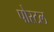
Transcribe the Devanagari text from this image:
पोस्‍टल